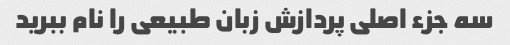
سه جزء اصلی پردازش زبان طبیعی را نام ببرید